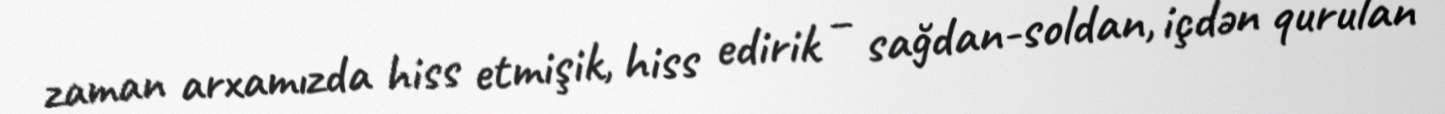
zaman arxamızda hiss etmişik, hiss edirik – sağdan-soldan, içdən qurulan